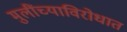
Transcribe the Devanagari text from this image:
मुलींच्याविरोधात